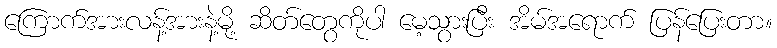
ကြောက်အားလန့်အားနဲ့မို့ ဆိတ်တွေကိုပါ မေ့သွားပြီး အိမ်အရောက် ပြန်ပြေးတာ။